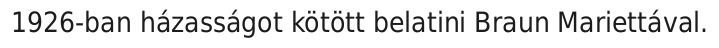
1926-ban házasságot kötött belatini Braun Mariettával.